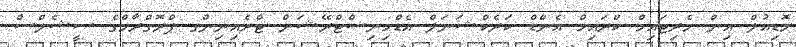
މޮޑިއުލް އިން މެރިޓައިމް ކްރައިމް އެންޑް ކަރެކްޝަނަލް އެޑްމިނިސްޓްރޭޝަން ޓްރެއިނިންގ ޕްރޮގްރާމްގެ ސީޝެލްސް